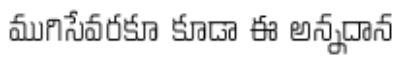
ముగిసేవరకూ కూడా ఈ అన్నదాన